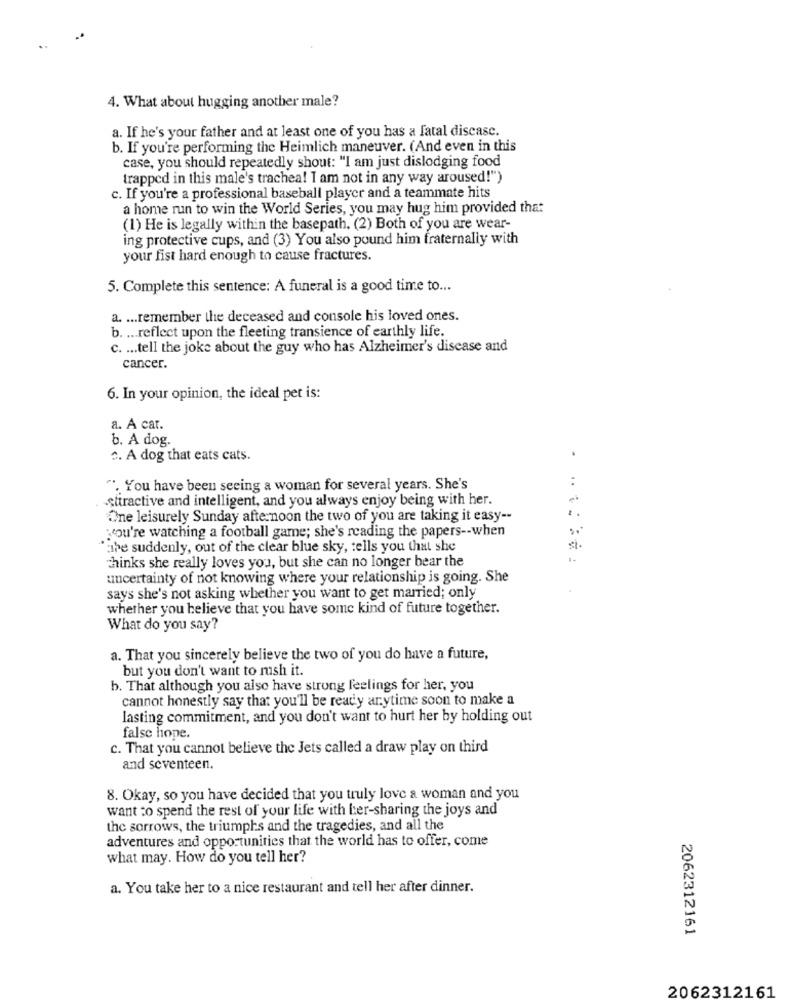
4. What about hugging another male?
a. If he's your father and at least one of you has a fatal discasc.
b. If you're performing the Heimlich maneuver. (And even in this
case, you should repeatedly shout: "I am just dislodging food
trapped in this male's trachea! I am not in any way aroused!")
c. If you're a professional baseball player and a teammate hits
a home run to win the World Series, you may hug him provided that
(1) He is legally within the basepath. (2) Both of you are wear-
ing protective cups, and (3) You also pound him fraternally with
your fist hard enough to cause fractures.
5. Complete this sentence: A funeral is a good time to ...
a. ... remember the deceased and console his loved ones.
b. ... reflect upon the fleeting transience of earthly life.
c. ... tell the joke about the guy who has Alzheimer's disease and
cancer.
6. In your opinion, the ideal pet is:
a. A car.
b. A dog.
^. A dog that eats cats.
:
". You have been seeing a woman for several years. She's
Attractive and intelligent, and you always enjoy being with her.
-
One leisurely Sunday afternoon the two of you are taking it easy --
you're watching a football game; she's reading the papers -- when
abe suddenly, out of the clear blue sky, tells you that she
Thinks she really loves you, but she can no longer bear the
.......
uncertainty of not knowing where your relationship is going. She
says she's not asking whether you want to get married; only
whether you believe that you have some kind of future together.
What do you say?
a. That you sincerely believe the two of you do have a future,
but you don't want to rush it.
b. That although you also have strong feelings for her, you
cannot honestly say that you'll be ready anytime soon to make a
lasting commitment, and you don't want to hurt her by holding out
false hope.
c. That you cannot believe the Jets called a draw play on third
and seventeen.
8. Okay, so you have decided that you truly love a woman and you
want to spend the rest of your life with her-sharing the joys and
the sorrows, the triumphs and the tragedies, and all the
adventures and opportunities that the world has to offer, come
what may. How do you tell her?
a. You take her to a nice restaurant and tell her after dinner.
2062312161
2062312161